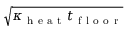
\sqrt { \kappa _ { \mathrm { ~ h ~ e ~ a ~ t ~ } } t _ { \mathrm { ~ f ~ l ~ o ~ o ~ r ~ } } }